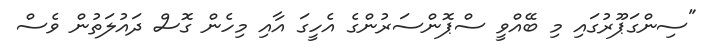
"ސިންގަޕޫރުގައި މި ބޭއްވީ ސްޕޮންސަރުންގެ އެހީގަ އާއި މިހެން ގޮސް ދައުލަތުން ވެސް